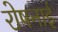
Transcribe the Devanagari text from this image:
रोषनाई